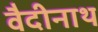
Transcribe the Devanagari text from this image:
वैदीनाथ